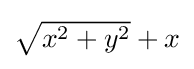
\textstyle {\sqrt {x^{2}+y^{2}}}+x